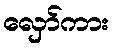
လှော်ကား